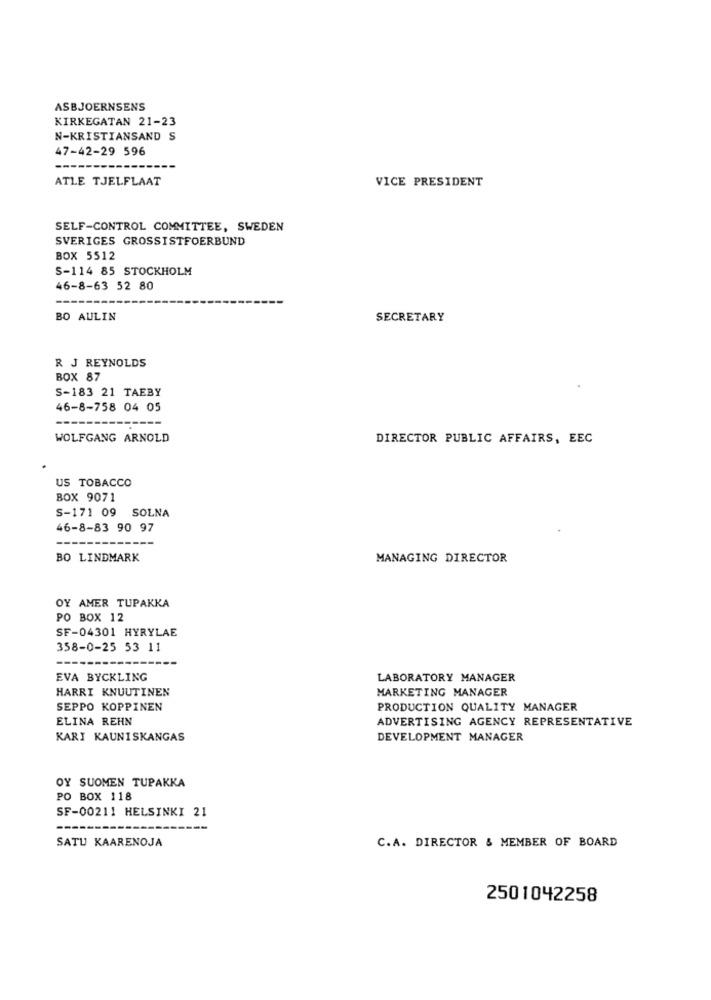
ASBJOERNSENS
KIRKEGATAN 21-23
N-KRISTIANSAND S
47-42-29 596
ATLE TJELFLAAT
VICE PRESIDENT
SELF-CONTROL COMMITTEE, SWEDEN
SVERIGES GROSSISTFOERBUND
BOX 5512
S-114 85 STOCKHOLM
46-8-63 52 80
BO AULIN
SECRETARY
R J REYNOLDS
BOX 87
S-183 21 TAEBY
46-8-758 04 05
---
WOLFGANG ARNOLD
DIRECTOR PUBLIC AFFAIRS, EEC
US TOBACCO
BOX 9071
S-171 09 SOLNA
46-8-83 90 97
BO LINDMARK
MANAGING DIRECTOR
OY AMER TUPAKKA
PO BOX 12
SF-04301 HYRYLAE
358-0-25 53 11
EVA BYCKLING
LABORATORY MANAGER
HARRI KNUUTINEN
MARKETING MANAGER
SEPPO KOPPINEN
PRODUCTION QUALITY MANAGER
ELINA REHN
ADVERTISING AGENCY REPRESENTATIVE
KARI KAUNISKANGAS
DEVELOPMENT MANAGER
OY SUOMEN TUPAKKA
PO BOX 118
SF-00211 HELSINKI 21
SATU KAARENOJA
C.A. DIRECTOR & MEMBER OF BOARD
2501042258